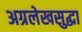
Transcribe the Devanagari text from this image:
अग्रलेखसुद्धा